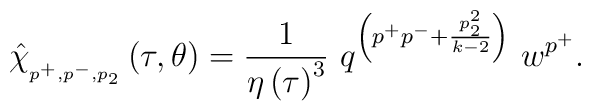
\hat{\chi}_{_{p^{+},p^{-},p_{2}}}\left( \tau ,\theta \right)=\frac{1}{\eta \left( \tau \right) ^{3}}\ q^{\left(p^{+}p^{-}+\frac{p_{2}^{2}}{k-2}\right) }\ w^{p^{+}}.